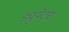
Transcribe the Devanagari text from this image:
ड्युयेट्स